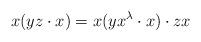
LaTeX: \begin{align*}x(yz\cdot x)= x(yx^{\lambda}\cdot x)\cdot zx\end{align*}